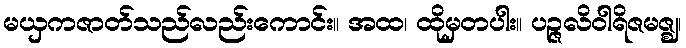
မယှကဇာတ်သည်လည်းကောင်း။ အထ၊ ထိုမှတပါး။ ပဉ္ဇလိဝါရိဇမဇ္ဈ၊